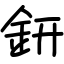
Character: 鈃